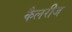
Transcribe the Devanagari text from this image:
कैलरीज